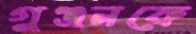
গুঞ্জনকে